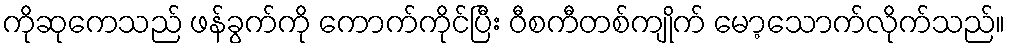
ကိုဆုကေသည် ဖန်ခွက်ကို ကောက်ကိုင်ပြီး ဝီစကီတစ်ကျိုက် မော့သောက်လိုက်သည်။